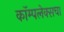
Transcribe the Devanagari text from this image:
कॉम्पलेक्सचा